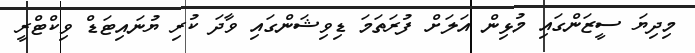
މިދިޔަ ސީޒަންގައި މުޅިން އަލަށް ފުރަތަމަ ޑިވިޝަންގައި ވާދަ ކުރި ޔުނައިޓަޑް ވިކްޓްރީ